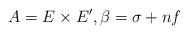
LaTeX: \begin{align*}A= E \times E', \beta = \sigma + nf\end{align*}